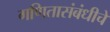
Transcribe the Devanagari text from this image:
गणितासंबंधीचे